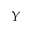
Y